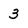
Character: 3